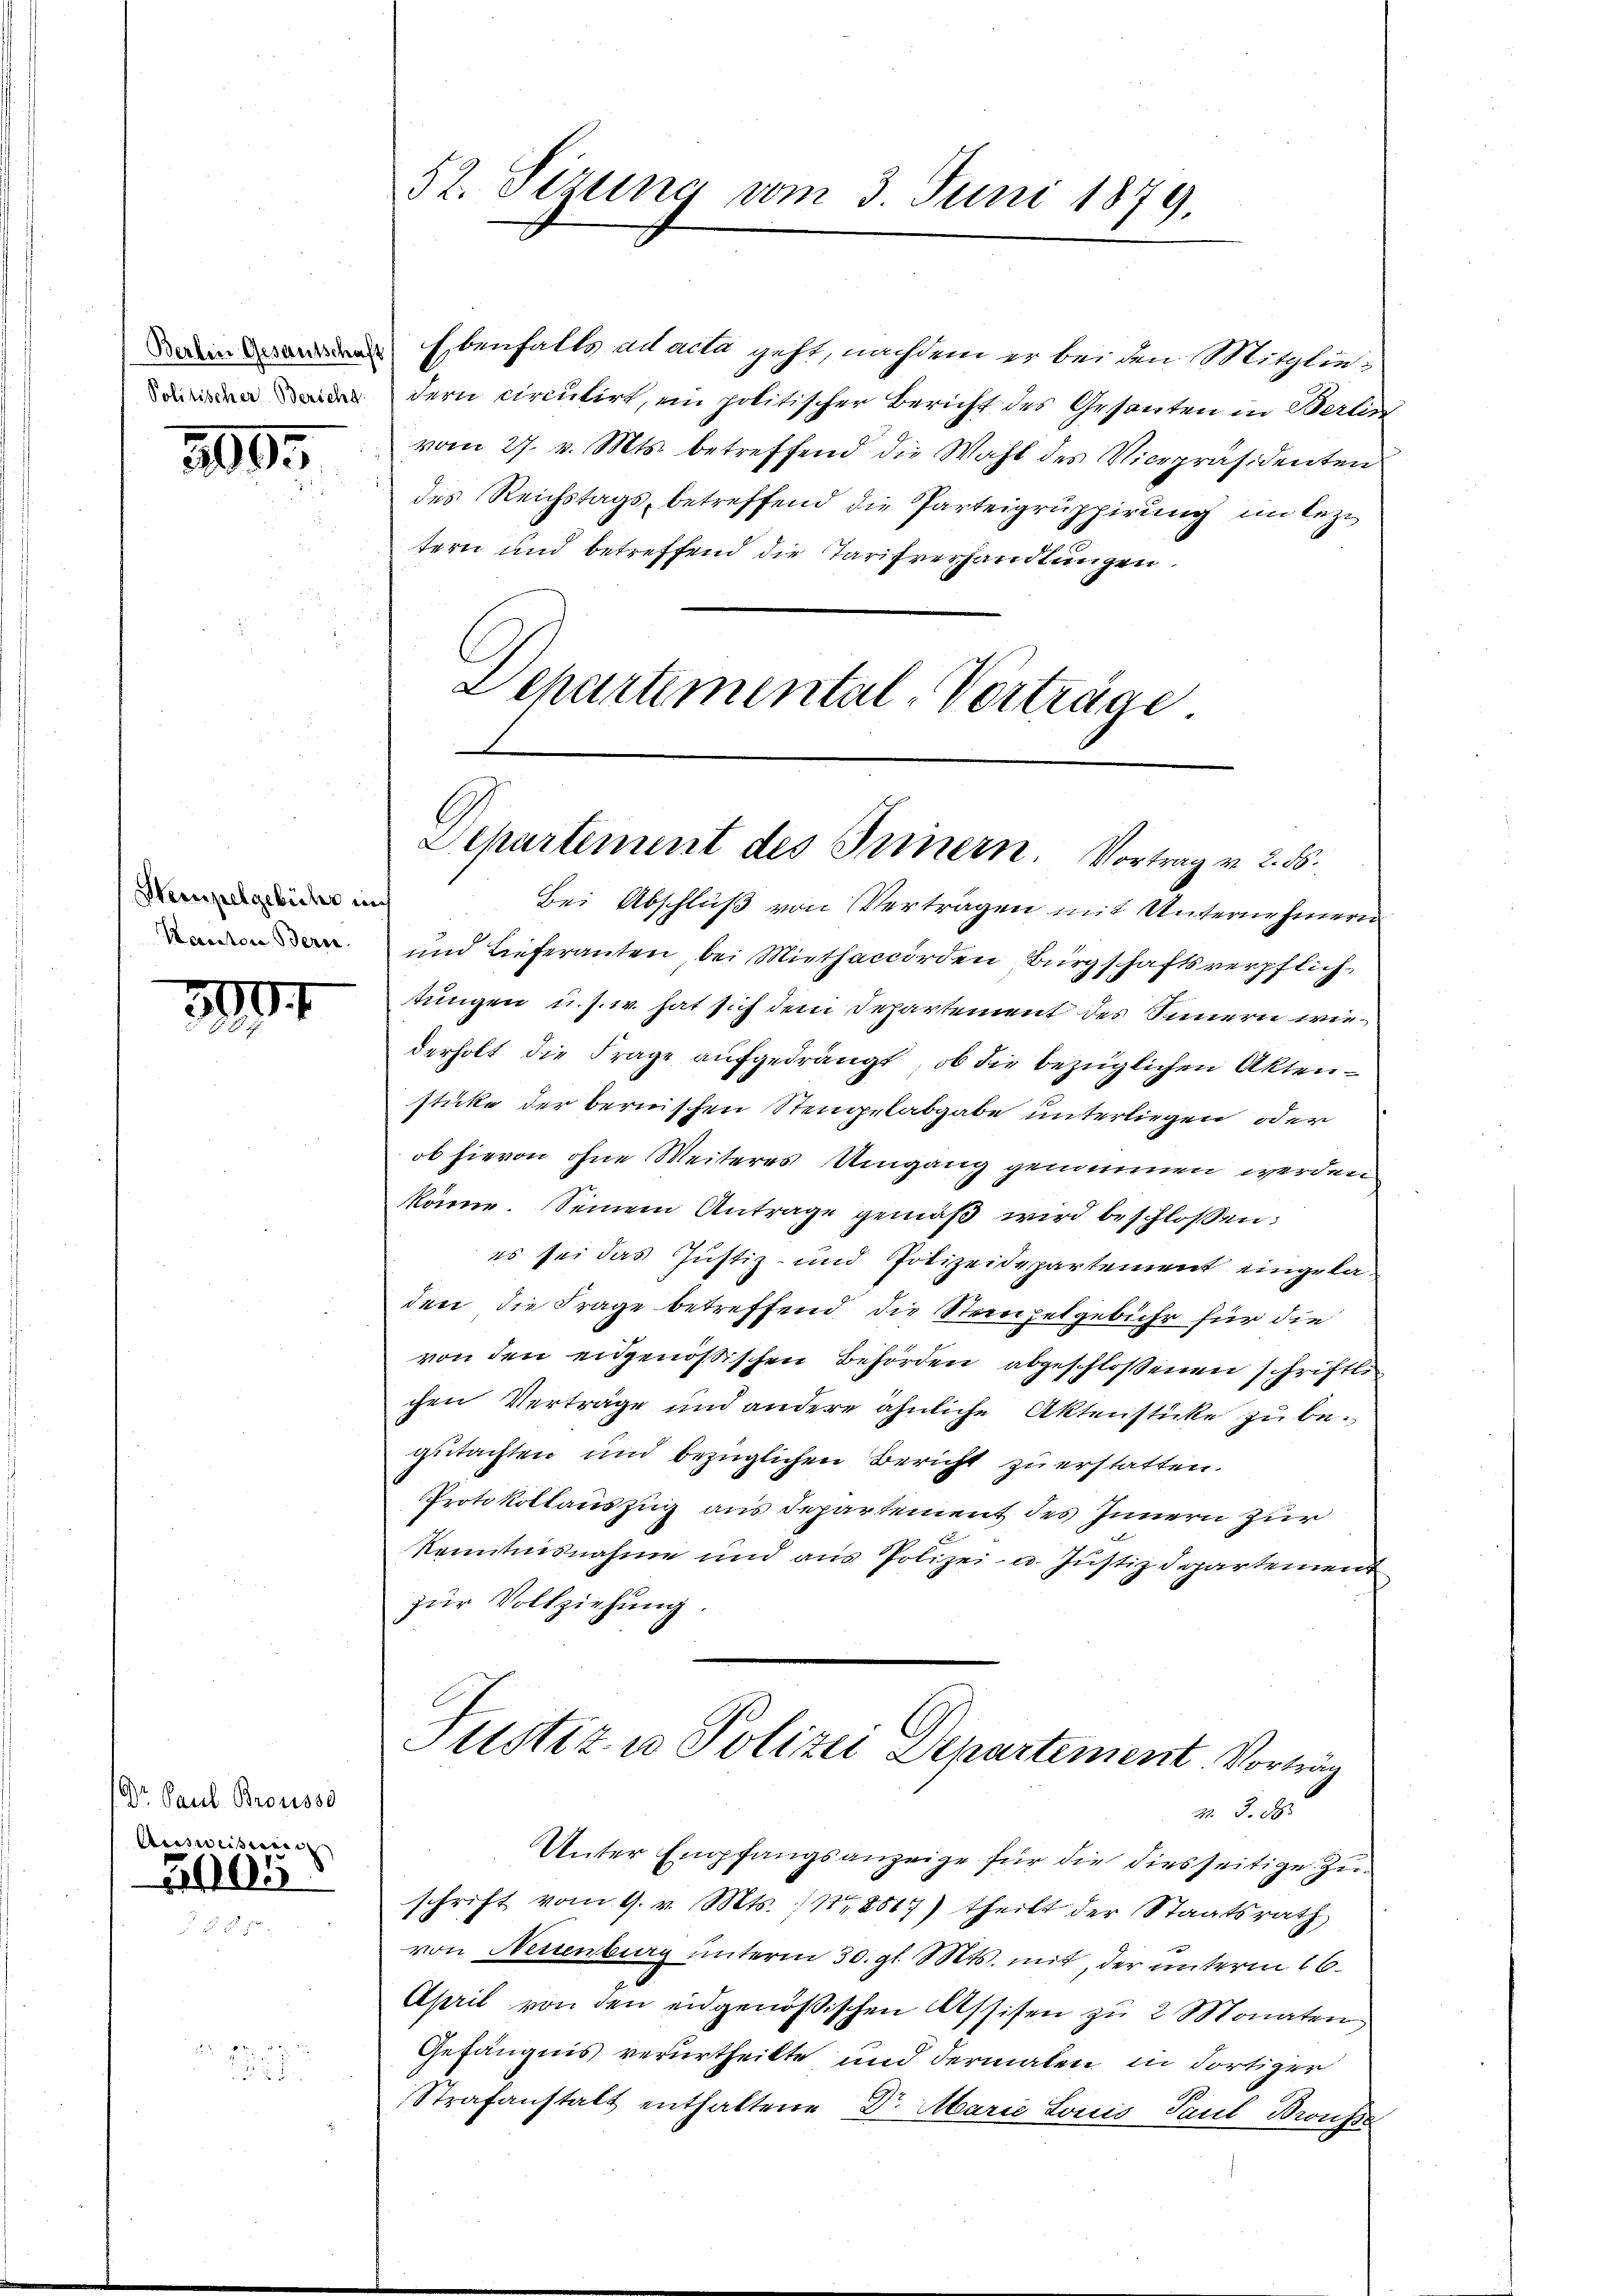
209.

Hempelgebühr nich
Korectore Beri

3907

Dr. Paul Brousso
Ausweisung |

1445.

2

Ebenfalls ad acta geht, nachdem er bei den Mitglied dern circutirt, ein politischer Bericht des Gesanten in Berlin
vom 27. v. Mts. betreffend die Wahl des Vicepräsidenten
des Reichstags, betreffend die Parteigruppirung im leztern und betreffend die Tarifverhandlungen.
Departemental-Verträge

52. Sizung vom 3. Juni 1879.

Departement des Innern. Vortrag v. 2. ds.

Bei Abschluß von Verträgen mit Unternehmern
und Lieferanten, bei Miethaccorden, Bürgschaftsverpflichtungen u. s. w. hat sich dem Departement des Sinnern wiederholt die Frage aufgedrängt, ob die bezüglichen Aktensticke der bernischen Stempelabgabe unterliegen oder
ob hievon ohne Weiteres Umgang genommen werden
könne. Seinem Antrage gemäß wird beschlossen:
es sei das Justiz- und Polizeidepartement eingeladen die Frage betreffend die Steinzelgebühr für die
von den eidgenößischen Behörden abgeschloßenen schriftlic
chen Verträge und andere ähnliche Aktenstücke zu begutachten und bezüglichen Bericht zu erstatten.
Protokollauszug aus Departement des Innern zur
Kenntnisnahme und aus Polizei- u. Justizdepartement
zur Vollziehung.
Justiz u. Polizei Departement. Vorträg
2. 3. d
Unter Empfangsanzeige für die diesseitige Zu-
schrift vom 9. v. Mts. 118867) theilt der Staatsrath
von Neuenburg unterm 30. gl. Mts. mit, der unterm 16.
April von den eidgenößischen Assisen zu 2 Monaten
Gefängnis verurtheilte und dermalen in dortiger
Strafanstalt enthaltene Dr. Marie Louis Paul Brouss